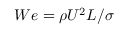
W e = \rho U ^ { 2 } L / \sigma